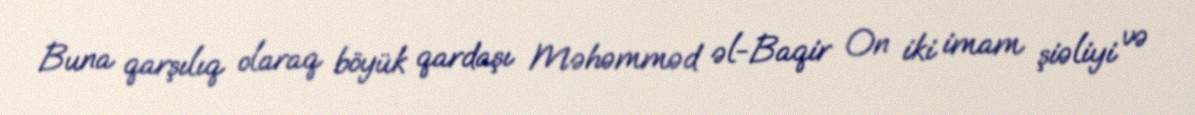
Buna qarşılıq olaraq böyük qardaşı Məhəmməd əl-Baqir On iki imam şiəliyi və